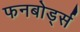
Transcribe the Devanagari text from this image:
फनबोर्ड्स